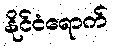
နိုင်ငံရောက်